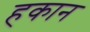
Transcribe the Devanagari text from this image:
हकान